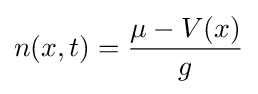
n(x,t)={\frac {\mu -V(x)}{g}}